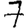
Digit: 7